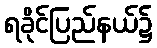
ရခိုင်ပြည်နယ်၌